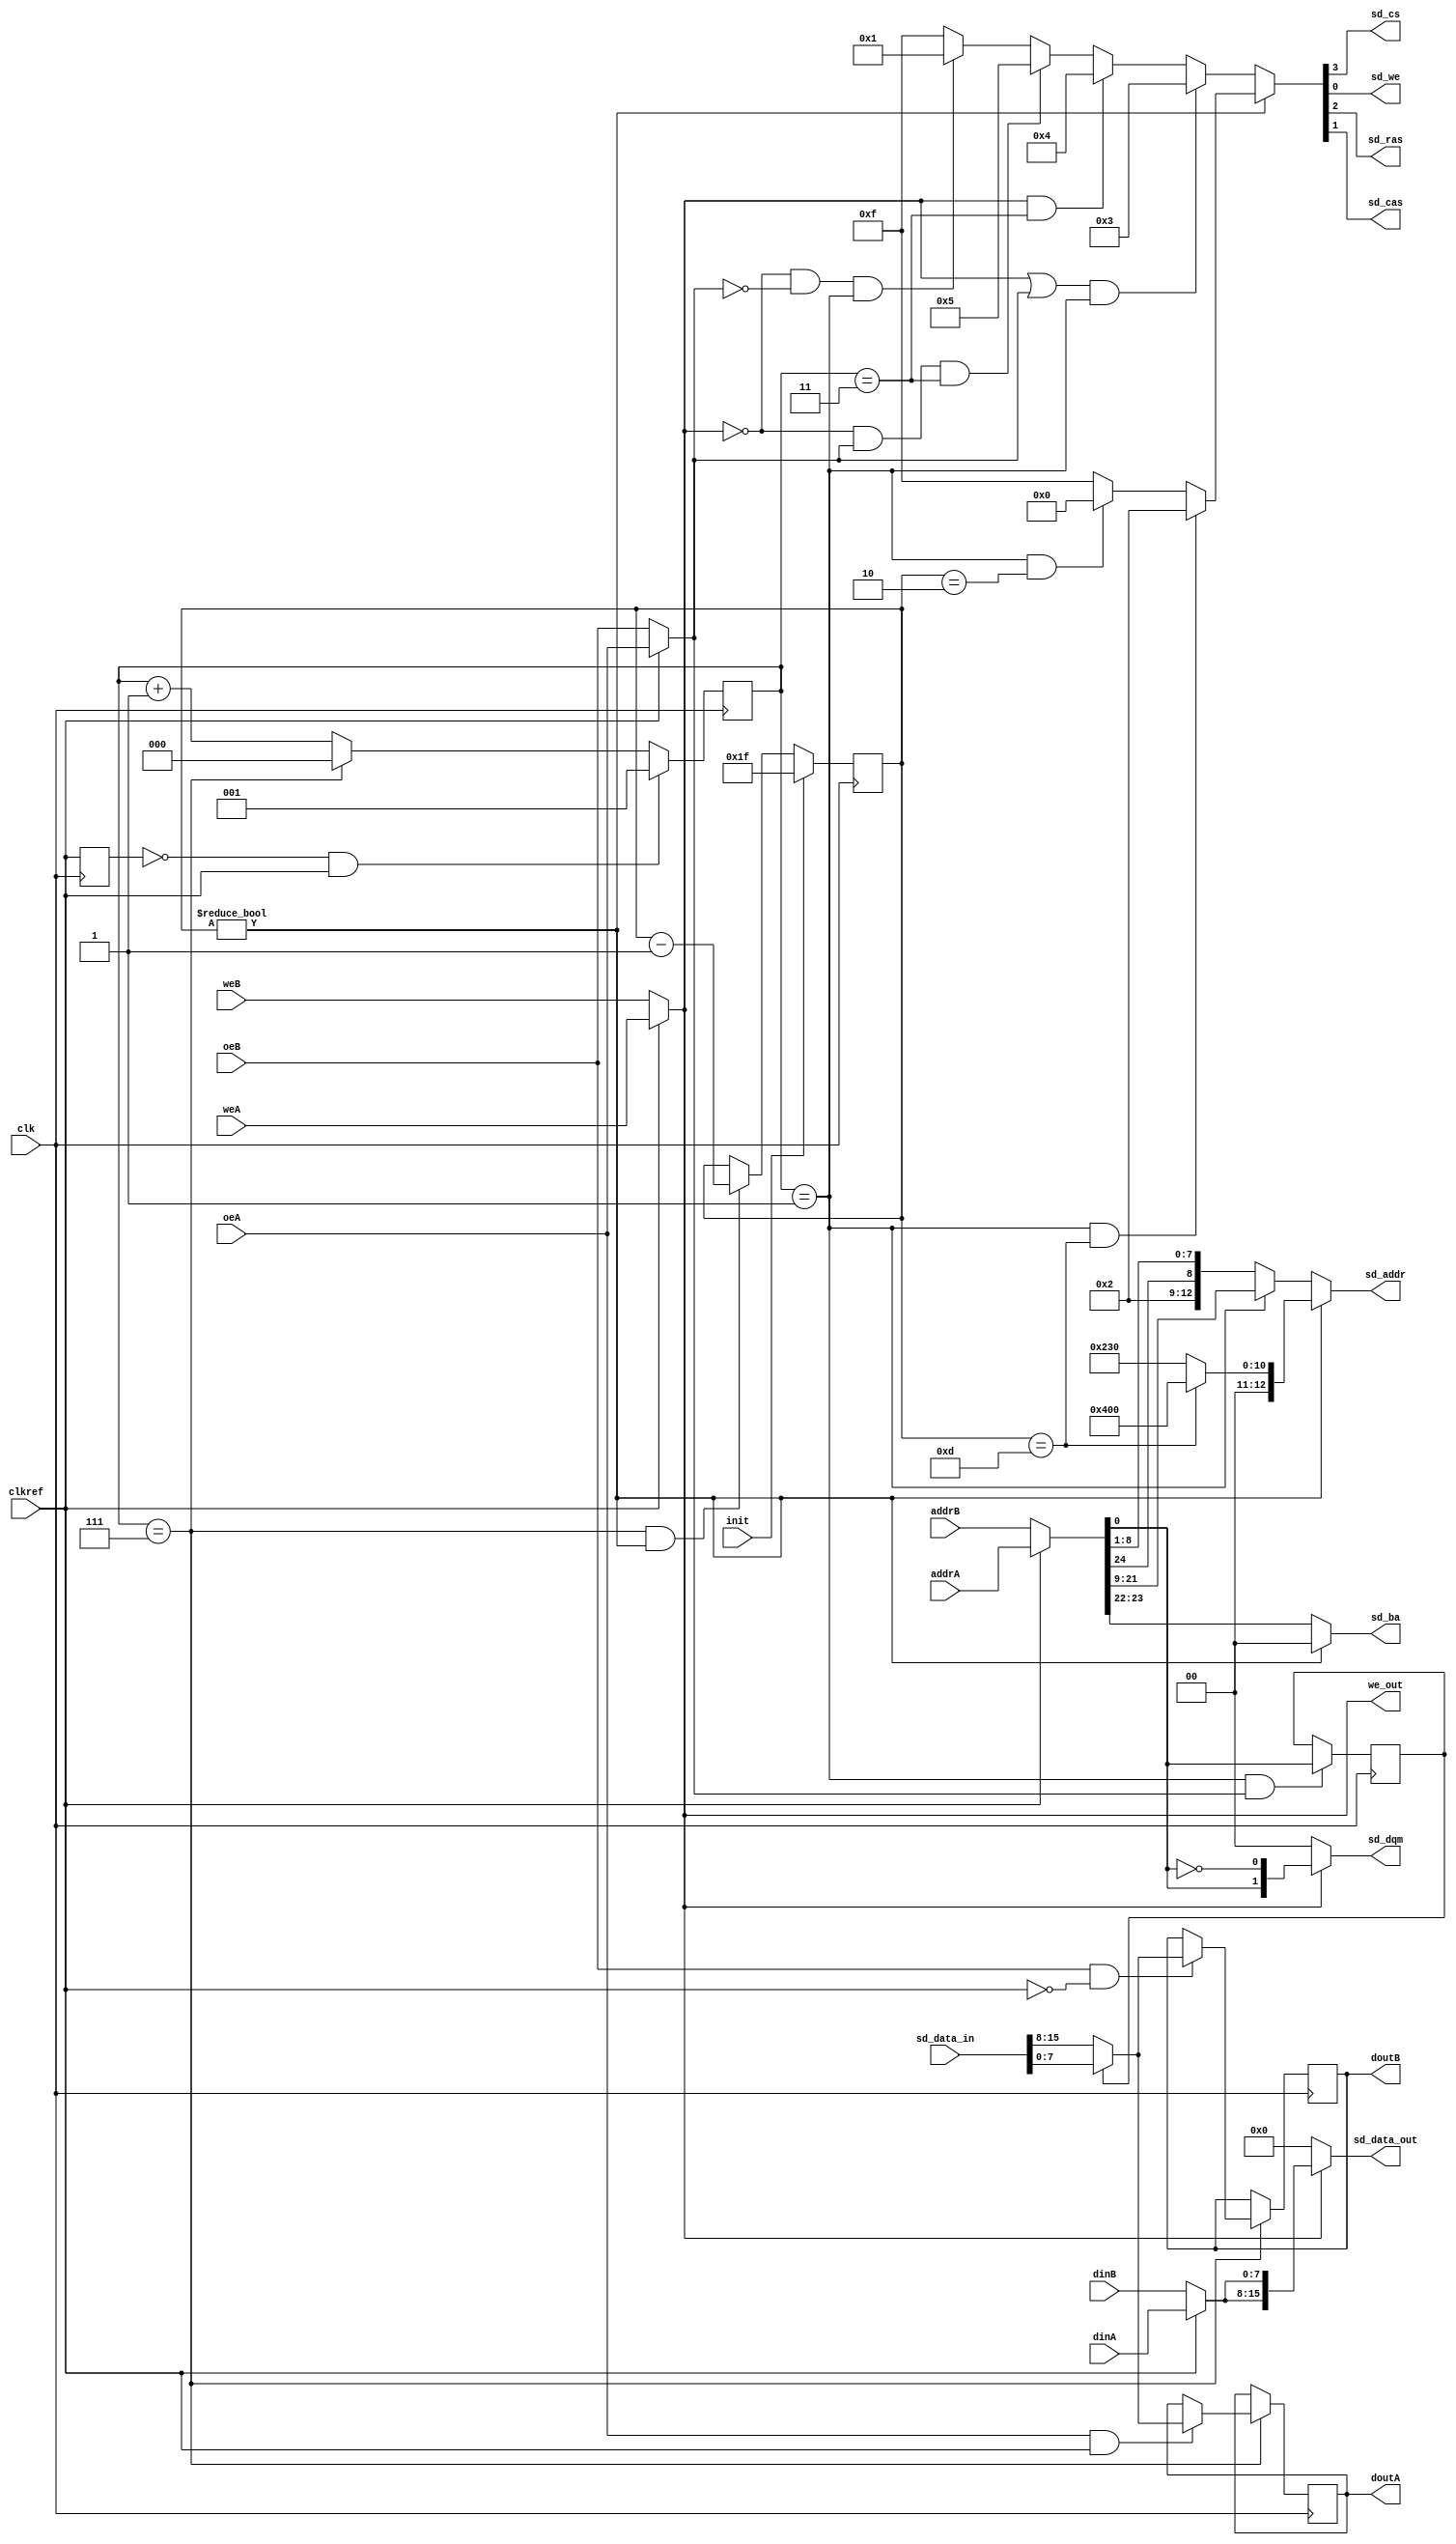
//
// sdram.v
//
// sdram controller implementation for the MiST board adaptation
// of Luddes NES core
// http://code.google.com/p/mist-board/
// 
// Copyright (c) 2013 Till Harbaum <till@harbaum.org> 
// 
// This source file is free software: you can redistribute it and/or modify 
// it under the terms of the GNU General Public License as published 
// by the Free Software Foundation, either version 3 of the License, or 
// (at your option) any later version. 
// 
// This source file is distributed in the hope that it will be useful,
// but WITHOUT ANY WARRANTY; without even the implied warranty of 
// MERCHANTABILITY or FITNESS FOR A PARTICULAR PURPOSE.  See the 
// GNU General Public License for more details.
// 
// You should have received a copy of the GNU General Public License 
// along with this program.  If not, see <http://www.gnu.org/licenses/>. 
//

module sdram
(
	// interface to the MT48LC16M16 chip
        input     [15:0] sd_data_in,
        output    [15:0] sd_data_out,
	output    [12:0] sd_addr,    // 13 bit multiplexed address bus
	output     [1:0] sd_dqm,     // two byte masks
	output     [1:0] sd_ba,      // two banks
	output           sd_cs,      // a single chip select
	output           sd_we,      // write enable
	output           sd_ras,     // row address select
	output           sd_cas,     // columns address select

	// cpu/chipset interface
	input            init,       // init signal after FPGA config to initialize RAM
	input            clk,        // sdram is accessed at up to 128MHz
	input            clkref,     // reference clock to sync to
	output           we_out, // Tristate control signal
	
	input     [24:0] addrA,      // 25 bit byte address
	input            weA,        // cpu/chipset requests write
	input      [7:0] dinA,       // data input from chipset/cpu
	input            oeA,        // cpu requests data
	output reg [7:0] doutA,      // data output to cpu

	input     [24:0] addrB,      // 25 bit byte address
	input            weB,        // cpu/chipset requests write
	input      [7:0] dinB,       // data input from chipset/cpu
	input            oeB,        // ppu requests data
	output reg [7:0] doutB       // data output to ppu
);

// no burst configured
localparam RASCAS_DELAY   = 3'd2;   // tRCD=20ns -> 2 cycles@85MHz
localparam BURST_LENGTH   = 3'b000; // 000=1, 001=2, 010=4, 011=8
localparam ACCESS_TYPE    = 1'b0;   // 0=sequential, 1=interleaved
localparam CAS_LATENCY    = 3'd3;   // 2/3 allowed
localparam OP_MODE        = 2'b00;  // only 00 (standard operation) allowed
localparam NO_WRITE_BURST = 1'b1;   // 0= write burst enabled, 1=only single access write

localparam MODE = { 3'b000, NO_WRITE_BURST, OP_MODE, CAS_LATENCY, ACCESS_TYPE, BURST_LENGTH}; 


// ---------------------------------------------------------------------
// ------------------------ cycle state machine ------------------------
// ---------------------------------------------------------------------

localparam STATE_FIRST     = 3'd0;   // first state in cycle
localparam STATE_CMD_START = 3'd1;   // state in which a new command can be started
localparam STATE_CMD_CONT  = STATE_CMD_START + RASCAS_DELAY;      // 3 command can be continued
localparam STATE_CMD_READ  = STATE_CMD_CONT + CAS_LATENCY + 1'd1; // 6 read state
localparam STATE_LAST      = 3'd7;  // last state in cycle

reg clkref_last;
reg [2:0] q;
always @(posedge clk) begin
	// SDRAM (state machine) clock is 85MHz. Synchronize this to systems 21.477 Mhz clock
   // force counter to pass state LAST->FIRST exactly after the rising edge of clkref
   clkref_last <= clkref;

   q <= q + 1'd1;
   if (q==STATE_LAST) q<=STATE_FIRST;
   if (~clkref_last & clkref) q<=STATE_FIRST + 1'd1;

end

// ---------------------------------------------------------------------
// --------------------------- startup/reset ---------------------------
// ---------------------------------------------------------------------

// wait 1ms (85000 cycles) after FPGA config is done before going
// into normal operation. Initialize the ram in the last 16 reset cycles (cycles 15-0)
reg [16:0] reset;
always @(posedge clk) begin
	//if(init)	reset <= 17'h14c08;
	if(init)	reset <= 17'h1f;
	else if((q == STATE_LAST) && (reset != 0))
		reset <= reset - 17'd1;
end

// ---------------------------------------------------------------------
// ------------------ generate ram control signals ---------------------
// ---------------------------------------------------------------------

// all possible commands
localparam CMD_INHIBIT         = 4'b1111;
localparam CMD_NOP             = 4'b0111;
localparam CMD_ACTIVE          = 4'b0011;
localparam CMD_READ            = 4'b0101;
localparam CMD_WRITE           = 4'b0100;
localparam CMD_BURST_TERMINATE = 4'b0110;
localparam CMD_PRECHARGE       = 4'b0010;
localparam CMD_AUTO_REFRESH    = 4'b0001;
localparam CMD_LOAD_MODE       = 4'b0000;

wire [3:0] sd_cmd;   // current command sent to sd ram

// clkref high - CPU
// clkref low  - PPU
wire        oe = clkref ? oeA : oeB;
assign        we_out = clkref ? weA : weB;
wire [24:0] addr = clkref ? addrA : addrB;
wire  [7:0] din = clkref ? dinA : dinB;

reg addr0;
always @(posedge clk)
	if((q == 1) && oe) addr0 <= addr[0];

wire [7:0] dout = addr0?sd_data_in[7:0]:sd_data_in[15:8];

always @(posedge clk) begin
	if(q == STATE_CMD_READ) begin
		if(oeA &&  clkref) doutA <= dout;
		if(oeB && !clkref) doutB <= dout;
	end
end

wire [3:0] reset_cmd = 
	((q == STATE_CMD_START) && (reset == 13))?CMD_PRECHARGE:
	((q == STATE_CMD_START) && (reset ==  2))?CMD_LOAD_MODE:
	CMD_INHIBIT;

wire [3:0] run_cmd =
	((we_out || oe) && (q == STATE_CMD_START))?CMD_ACTIVE:
	( we_out        && (q == STATE_CMD_CONT ))?CMD_WRITE:
	(!we_out &&  oe && (q == STATE_CMD_CONT ))?CMD_READ:
	(!we_out && !oe && (q == STATE_CMD_START))?CMD_AUTO_REFRESH:
	CMD_INHIBIT;

assign sd_cmd = (reset != 0)?reset_cmd:run_cmd;

wire [12:0] reset_addr = (reset == 13)?13'b0010000000000:MODE;

wire [12:0] run_addr = 
	(q == STATE_CMD_START)?addr[21:9]:{ 4'b0010, addr[24], addr[8:1]};

assign sd_data_out = we_out?{ din, din }:16'b0;
//register SDRAM output signals
assign sd_addr = (reset != 0)?reset_addr:run_addr;

assign sd_ba = (reset != 0)?2'b00:addr[23:22];

assign sd_dqm = we_out?{ addr[0], ~addr[0] }:2'b00;

// drive control signals according to current command
assign sd_cs  = sd_cmd[3];
assign sd_ras = sd_cmd[2];
assign sd_cas = sd_cmd[1];
assign sd_we  = sd_cmd[0];

endmodule